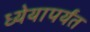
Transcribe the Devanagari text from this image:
ध्येयापर्यंत